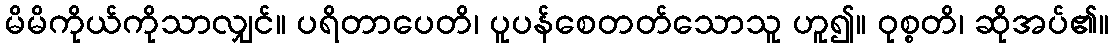
မိမိကိုယ်ကိုသာလျှင်။ ပရိတာပေတိ၊ ပူပန်စေတတ်သောသူ ဟူ၍။ ဝုစ္စတိ၊ ဆိုအပ်၏။